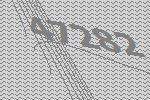
47282